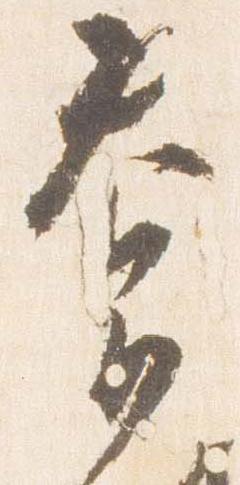
奉